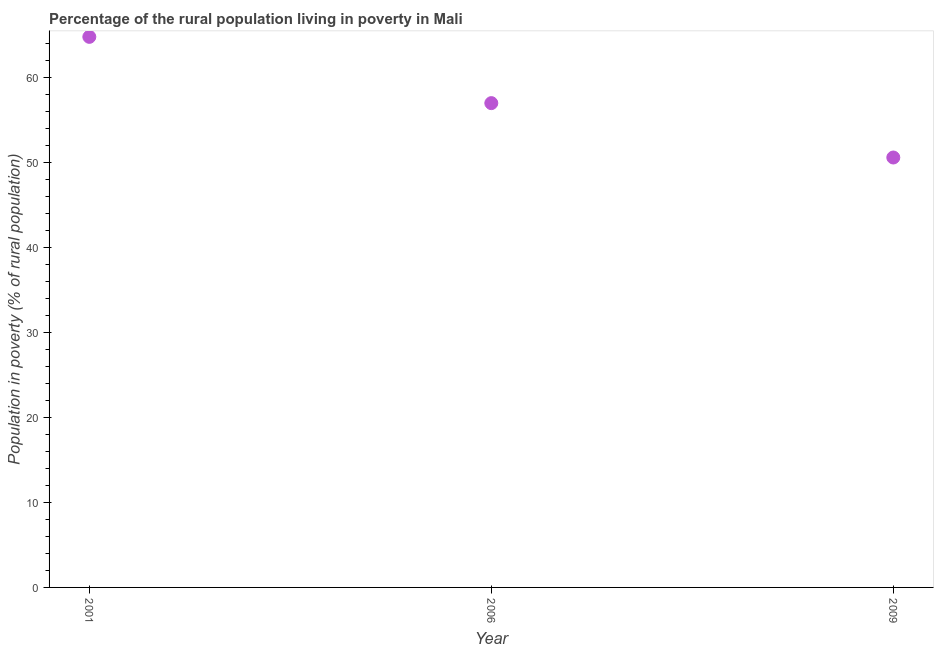
| Year | Rural poverty headcount ratio |
 | --- | --- |
 | 2001 | 64.8 |
 | 2006 | 57 |
 | 2009 | 50.6 |